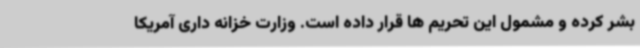
بشر کرده و مشمول این تحریم ها قرار داده است. وزارت خزانه داری آمریکا